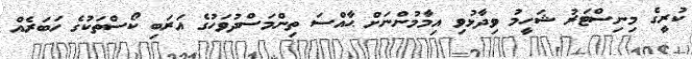
ކުރީގެ މިނިސްޓަރު ޝަހީމު ވިދާޅުވި އިމާމުންނަށް ޙާއްސަ ތިންމަސްދުވަހުގެ އަރަބި ކޯސްތަކުގެ ހަބަރެއް